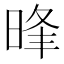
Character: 𣇔